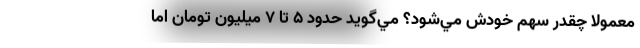
معمولا چقدر سهم خودش مي‌شود؟ مي‌گويد حدود 5 تا 7 ميليون تومان اما